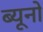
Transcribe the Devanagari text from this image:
ब्यूनो